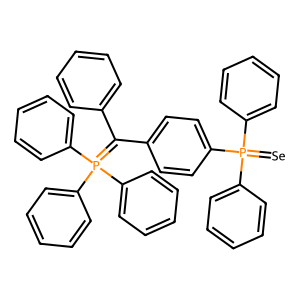
SMILES: [Se]=P(c1ccccc1)(c1ccccc1)c1ccc(C(c2ccccc2)=P(c2ccccc2)(c2ccccc2)c2ccccc2)cc1
Inhibits HIV replication: No